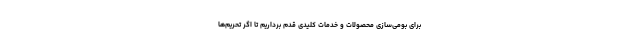
برای بومی‌سازی محصولات و خدمات کلیدی قدم برداریم تا اگر تحریم‌ها